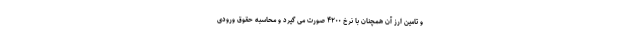
و تامین ارز آن همچنان با نرخ ۴۲۰۰ صورت می گیرد و محاسبه حقوق ورودی